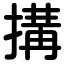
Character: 搆